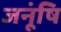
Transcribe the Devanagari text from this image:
जनूंषि